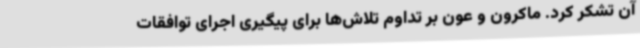
آن تشکر کرد. ماکرون و عون بر تداوم تلاش‌ها برای پیگیری اجرای توافقات